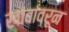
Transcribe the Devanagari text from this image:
खांबांवरून